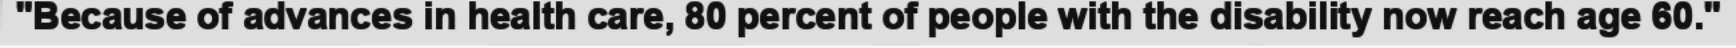
"Because of advances in health care, 80 percent of people with the disability now reach age 60."